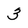
Character: 3